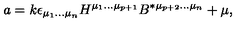
a = k \epsilon _ { \mu _ { 1 } \ldots \mu _ { n } } H ^ { \mu _ { 1 } \ldots \mu _ { p + 1 } } B ^ { * \mu _ { p + 2 } \ldots \mu _ { n } } + \mu ,